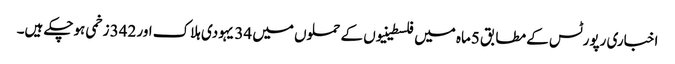
اخباری رپورٹس کے مطابق 5ماہ میں فلسطینیوں کے حملوں میں 34 یہودی ہلاک اور 342 زخمی ہوچکے ہیں۔